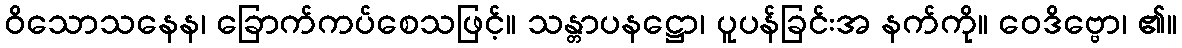
ဝိသောသနေန၊ ခြောက်ကပ်စေသဖြင့်။ သန္တာပနဋ္ဌော၊ ပူပန်ခြင်းအ နက်ကို။ ဝေဒိဗ္ဗော၊ ၏။